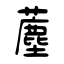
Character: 薼